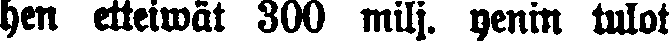
hen etteiwät 300 milj. yenin tulot